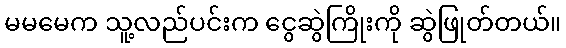
မမမေက သူ့လည်ပင်းက ငွေဆွဲကြိုးကို ဆွဲဖြုတ်တယ်။